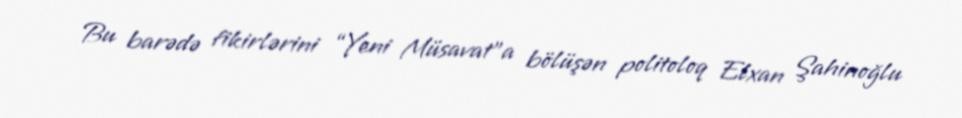
Bu barədə fikirlərini “Yeni Müsavat”a bölüşən politoloq Elxan Şahinoğlu